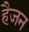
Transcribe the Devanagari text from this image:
हैजन